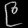
Digit: ၉